Scottish Leaving Certificate Examination, 1958
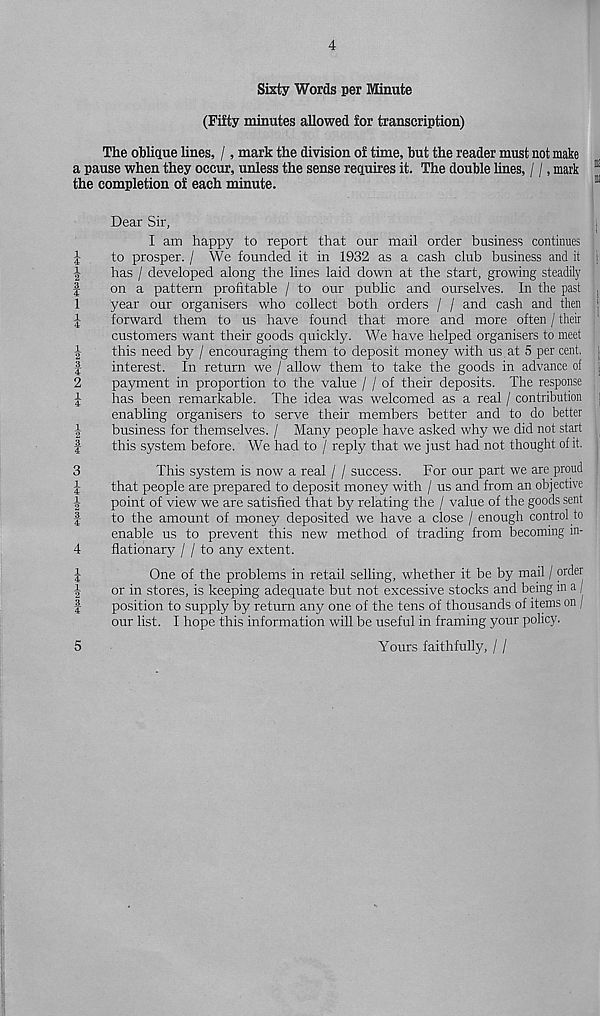
(fk| CON>[MlH!-‘ 4^- rf^| CO COi h- * CO ^|MtO[M ^|M tO»HWt0|M rfHl-* >—
4
Sixty Words per Minute
(Fifty minutes allowed for transcription)
The oblique lines, /, mark the division of time, but the reader must not make
a pause when they occur, unless the sense requires it. The double hues, / /, mark
the completion of each minute.
1
.SKpfP
Dear Sir,
I am happy to report that our mail order business continues
to prosper. / We founded it in 1932 as a cash club business and it !
has / developed along the lines laid down at the start, growing steadily
on a pattern profitable / to our public and ourselves. In the past ,
year our organisers who collect both orders / / and cash and then j
forward them to us have found that more and more often / their
customers want their goods quickly. We have helped organisers to meet
this need by / encouraging them to deposit money with us at 5 per cent,
interest. In return we / allow them to take the goods in advance of
payment in proportion to the value / / of their deposits. The response
has been remarkable. The idea was welcomed as a real / contribution |
enabling organisers to serve their members better and to do better
business for themselves. / Many people have asked why we did not start
this system before. We had to / reply that we just had not thought of it.
This system is now a real / / success. For our part we are proud
that people are prepared to deposit money with / us and from an objective
point of view we are satisfied that by relating the / value of the goods sent
to the amount of money deposited we have a close / enough control to
enable us to prevent this new method of trading from becoming in-
flationary I I to any extent.
One of the problems in retail selling, whether it be by mail / order
or in stores, is keeping adequate but not excessive stocks and being in a
position to supply by return any one of the tens of thousands of items on /
our list. I hope this information will be useful in framing your policy.
Yours faithfully, / /
5